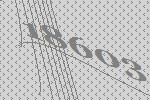
18603